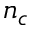
n _ { c }